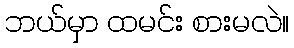
ဘယ်မှာ ထမင်း စားမလဲ။